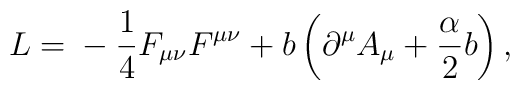
L = \mbox{}-\frac{1}{4}F_{\mu\nu}F^{\mu\nu} + b \left(\partial^{\mu}A_{\mu} + \frac{\alpha}{2}b\right) ,